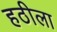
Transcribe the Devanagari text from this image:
हठीला